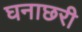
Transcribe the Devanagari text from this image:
घनाछरी